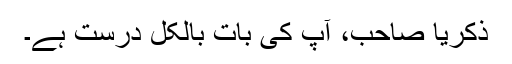
ذکریا صاحب، آپ کی بات بالکل درست ہے۔